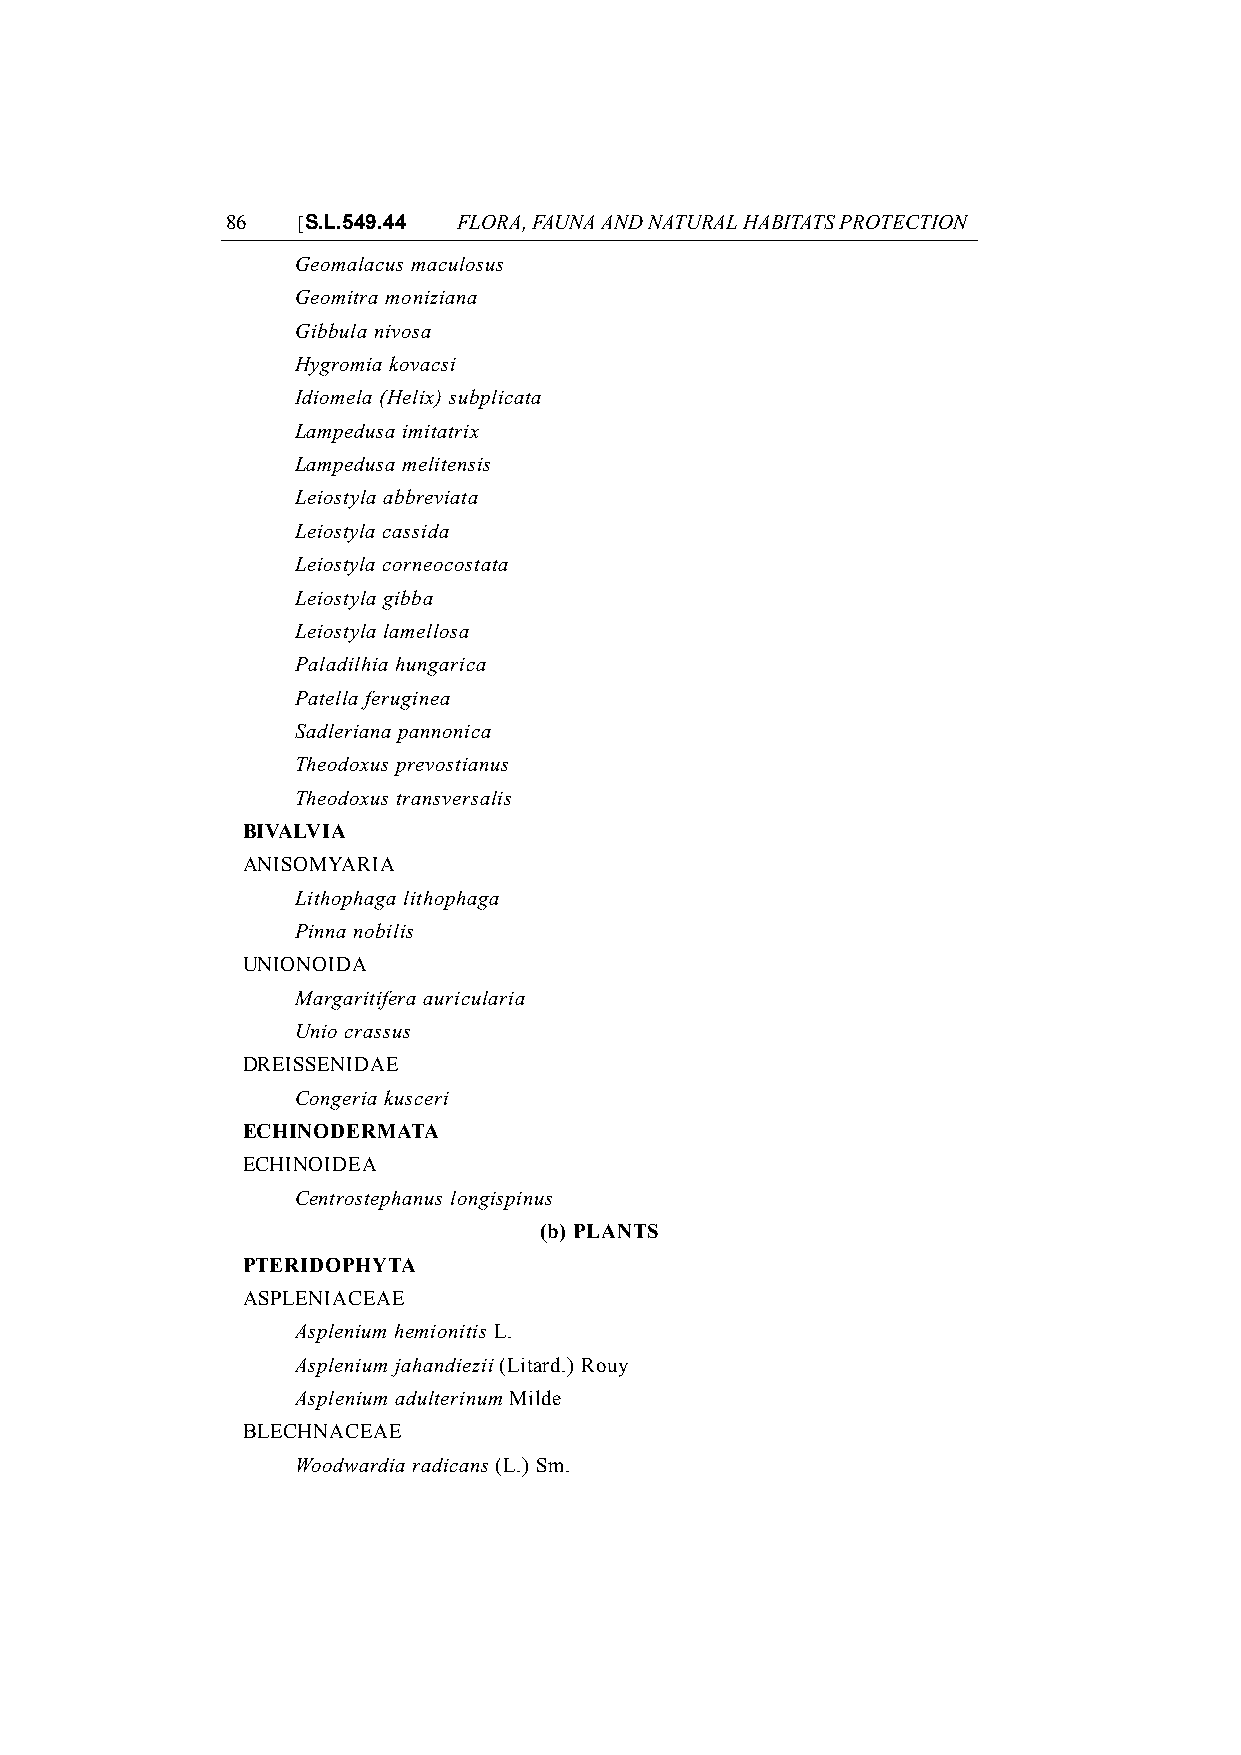
86   [S.L.549.44 FLORA, FAUNA AND NATURAL HABITATS PROTECTION
 Geomalacus maculosus
 Geomitra moniziana
 Gibbula nivosa
 Hygromia kovacsi
 Idiomela (Helix) subplicata
 Lampedusa imitatrix
 Lampedusa melitensis
 Leiostyla abbreviata
 Leiostyla cassida
 Leiostyla corneocostata
 Leiostyla gibba
 Leiostyla lamellosa
 Paladilhia hungarica
 Patella feruginea
 Sadleriana pannonica
 Theodoxus prevostianus
 Theodoxus transversalis
 BIVALVIA
 ANISOMYARIA
 Lithophaga lithophaga
 Pinna nobilis
 UNIONOIDA
 Margaritifera auricularia
 Unio crassus
 DREISSENIDAE
 Congeria kusceri
 ECHINODERMATA
 ECHINOIDEA
 Centrostephanus longispinus
 (b) PLANTS
 PTERIDOPHYTA
 ASPLENIACEAE
 Asplenium hemionitis L.
 Asplenium jahandiezii (Litard.) Rouy
 Asplenium adulterinum Milde
 BLECHNACEAE
 Woodwardia radicans (L.) Sm.